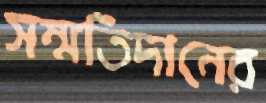
সম্মতিদানের